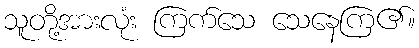
သူတို့အားလုံး ကြက်သေ သေနေကြ၏။